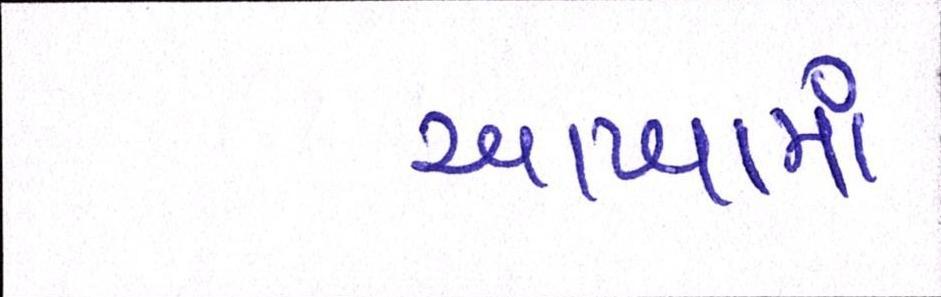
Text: આખામાં